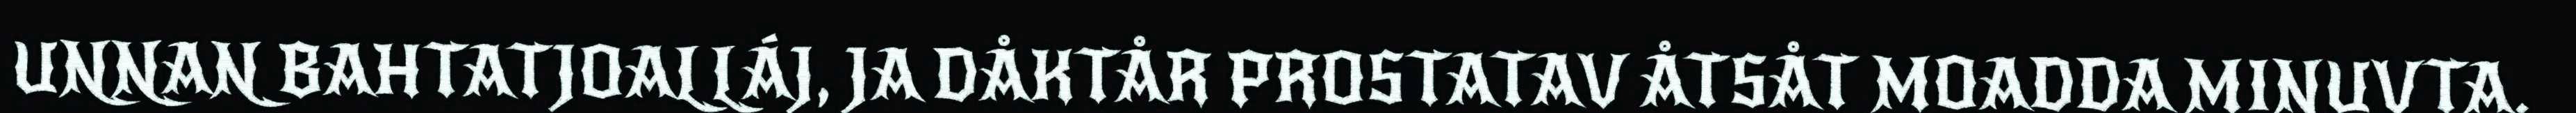
UNNAN BAHTATJOALLÁJ, JA DÅKTÅR PROSTATAV ÅTSÅT MOADDA MINUVTA.